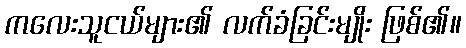
ကလေးသူငယ်များ၏ လက်ခံခြင်းမျိုး ဖြစ်၏။